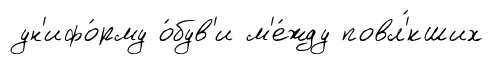
ун'ифо́рму о́був'и м'е́жду повл'́кших